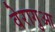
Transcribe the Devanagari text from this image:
वेरागुआ